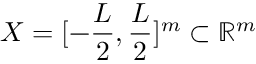
{ \cal { X } } = [ - \frac { L } { 2 } , \frac { L } { 2 } ] ^ { m } \subset \mathbb { R } ^ { m }